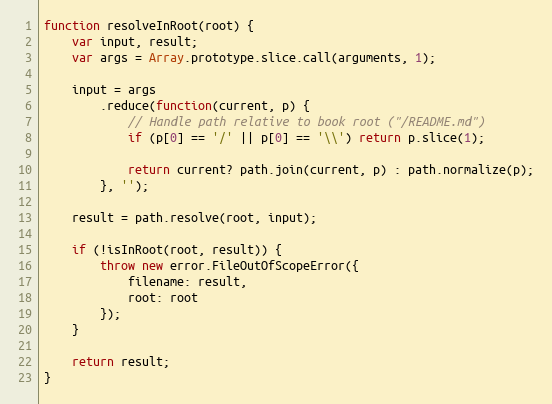
Language: JavaScript
function resolveInRoot(root) {
    var input, result;
    var args = Array.prototype.slice.call(arguments, 1);

    input = args
        .reduce(function(current, p) {
            // Handle path relative to book root ("/README.md")
            if (p[0] == '/' || p[0] == '\\') return p.slice(1);

            return current? path.join(current, p) : path.normalize(p);
        }, '');

    result = path.resolve(root, input);

    if (!isInRoot(root, result)) {
        throw new error.FileOutOfScopeError({
            filename: result,
            root: root
        });
    }

    return result;
}